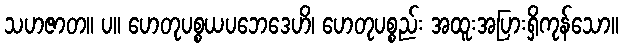
သဟဇာတ။ ပ။ ဟေတုပစ္စယပဘေဒေဟိ၊ ဟေတုပစ္စည်း အထူးအပြားရှိကုန်သော။